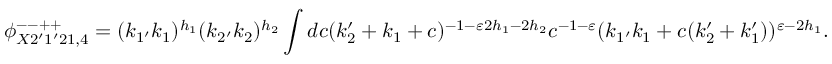
\phi _ { X 2 ^ { \prime } 1 ^ { \prime } 2 1 , 4 } ^ { -- + + } = ( k _ { 1 ^ { \prime } } k _ { 1 } ) ^ { h _ { 1 } } ( k _ { 2 ^ { \prime } } k _ { 2 } ) ^ { h _ { 2 } } \int d c ( k _ { 2 } ^ { \prime } + k _ { 1 } + c ) ^ { - 1 - \varepsilon 2 h _ { 1 } - 2 h _ { 2 } } c ^ { - 1 - \varepsilon } ( k _ { 1 ^ { \prime } } k _ { 1 } + c ( k _ { 2 } ^ { \prime } + k _ { 1 } ^ { \prime } ) ) ^ { \varepsilon - 2 h _ { 1 } } .